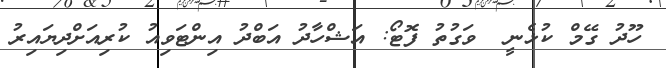
ހޫދު ގޭމް ކުޅެނީ  ވަގުތު ފޮޓޯ: އަޝްހާދު އަބްދު އިންޓަވިއު ކުރިއަށްދިޔައިރު